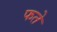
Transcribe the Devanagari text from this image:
फते